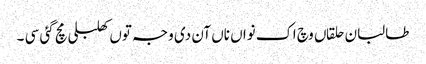
طالبان حلقاں وچ اک نواں ناں آن دی وجہ توں کھلبلی مچ گئی سی ۔